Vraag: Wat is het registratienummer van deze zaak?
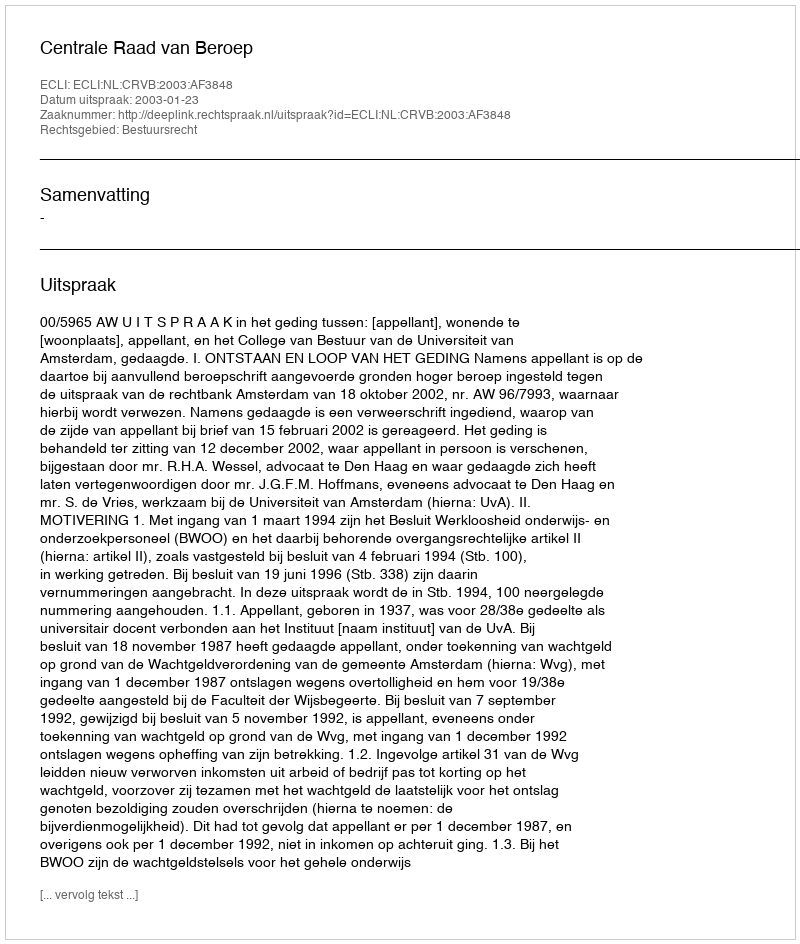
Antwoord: http://deeplink.rechtspraak.nl/uitspraak?id=ECLI:NL:CRVB:2003:AF3848